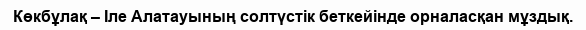
Көкбұлақ – Іле Алатауының солтүстік беткейінде орналасқан мұздық.